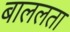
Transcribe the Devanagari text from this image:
बाललता